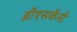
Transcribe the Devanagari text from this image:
डीएसकेंनी